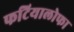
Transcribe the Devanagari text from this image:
फटियालोफा